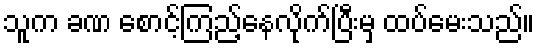
သူက ခဏ စောင့်ကြည့်နေလိုက်ပြီးမှ ထပ်မေးသည်။